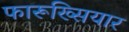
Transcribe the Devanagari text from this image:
फारूख्सियार